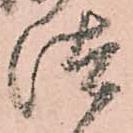
汰